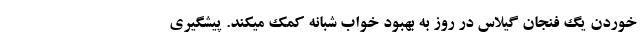
خوردن یگ فنجان گیلاس در روز به بهبود خواب شبانه کمک میکند. پیشگیری